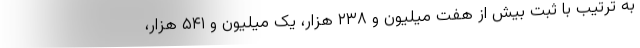
به ترتیب با ثبت بیش از هفت میلیون و ۲۳۸ هزار، یک میلیون و ۵۴۱ هزار،